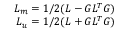
\begin{array} { r } { L _ { m } = 1 / 2 ( L - G L ^ { T } G ) } \\ { L _ { u } = 1 / 2 ( L + G L ^ { T } G ) } \end{array}